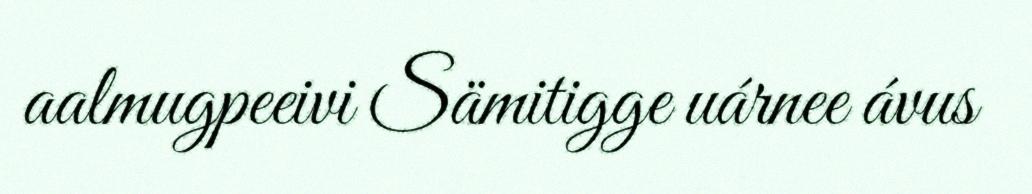
aalmugpeeivi Sämitigge uárnee ávus